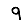
Digit: 9